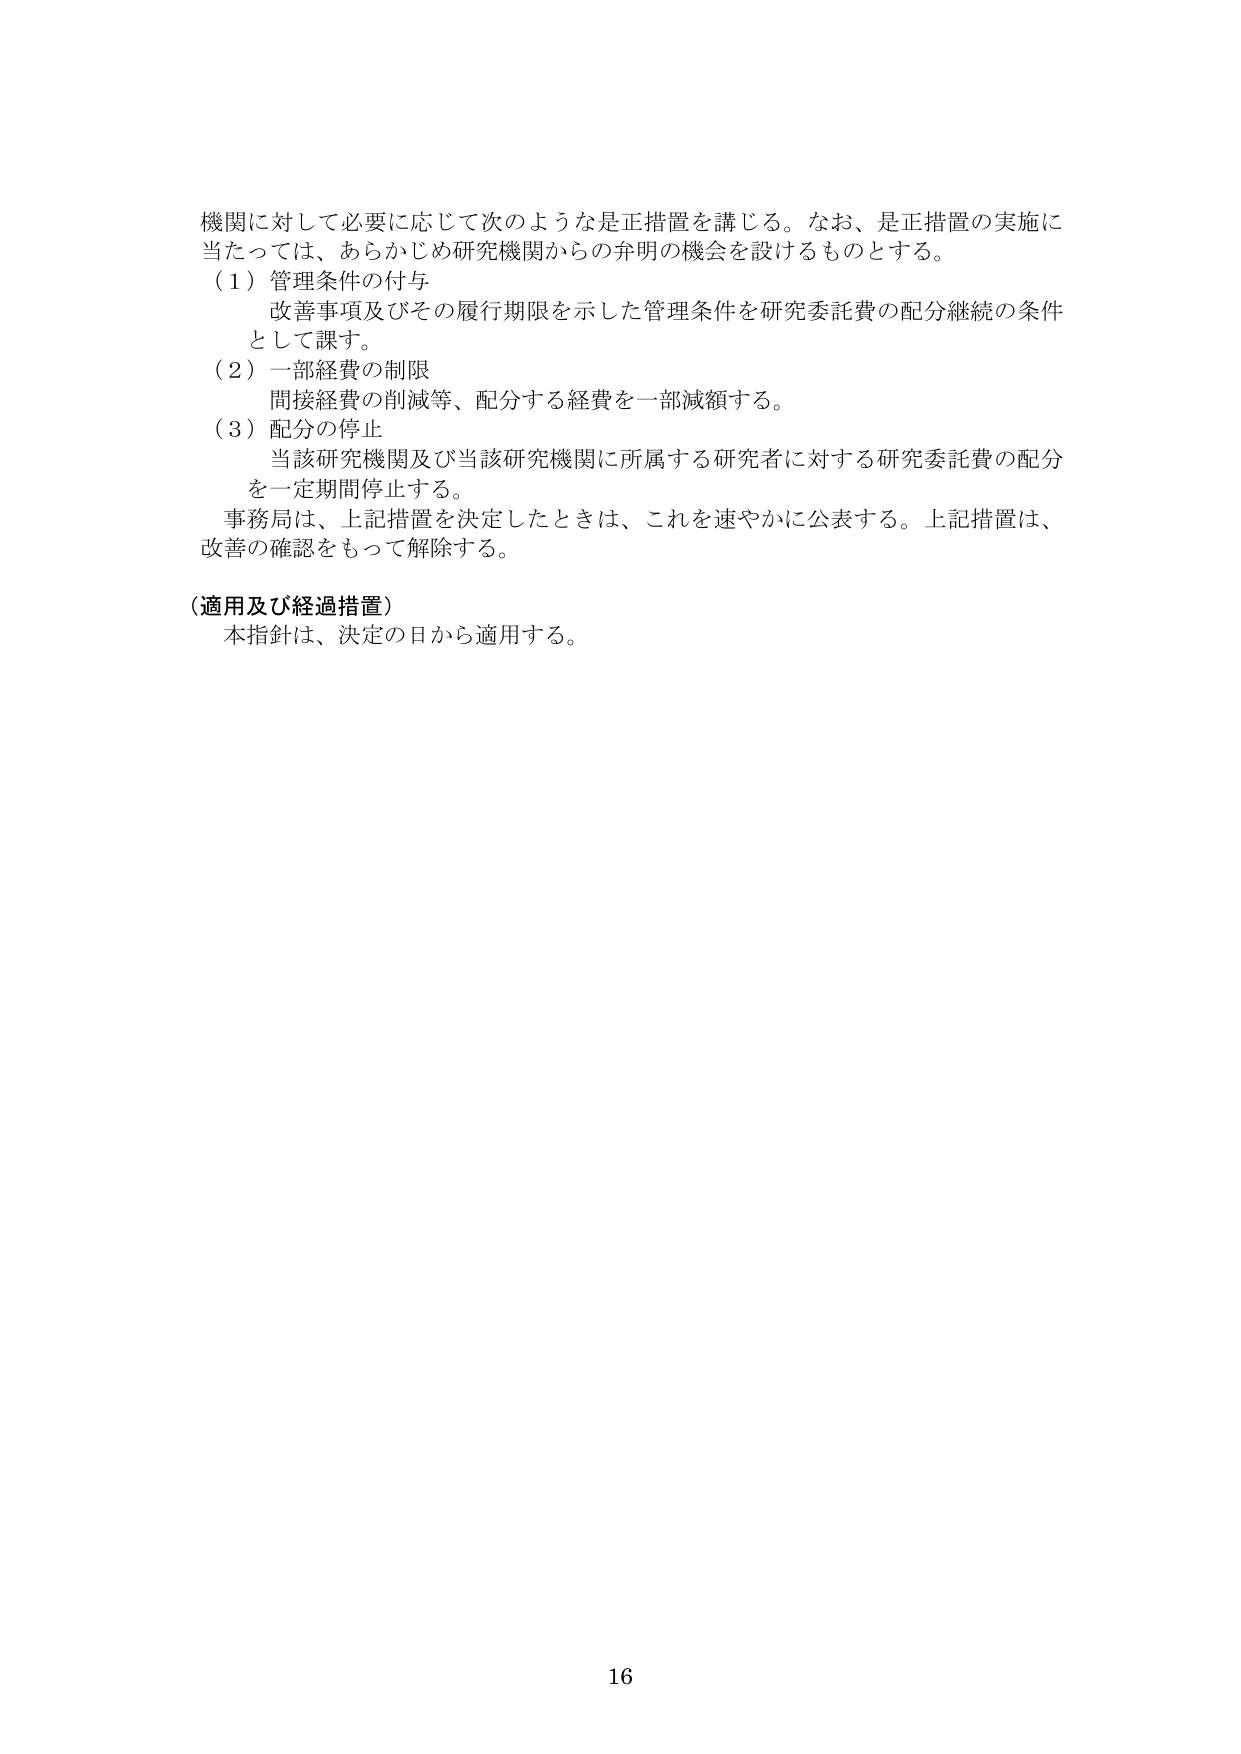
機関に対して必要に応じて次のような是正措置を講じる。なお、是正措置の実施に当たっては、あらかじめ研究機関からの弁明の機会を設けるものとする。

（１）管理条件の付与
　改善事項及びその履行期限を示した管理条件を研究委託費の配分継続の条件として課す。

（２）一部経費の制限
　間接経費の削減等、配分する経費を一部減額する。

（３）配分の停止
　当該研究機関及び当該研究機関に所属する研究者に対する研究委託費の配分を一定期間停止する。
　事務局は、上記措置を決定したときは、これを速やかに公表する。上記措置は、改善の確認をもって解除する。

（適用及び経過措置）
　本指針は、決定の日から適用する。

16